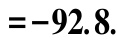
$=-92.8$